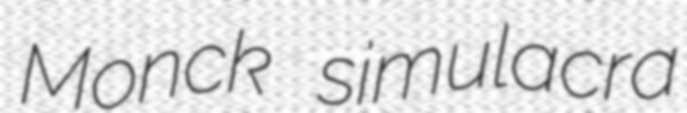
Monck simulacra